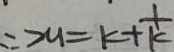
\therefore x _ { 1 } = k + \frac { 1 } { k }